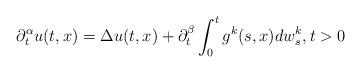
LaTeX: \begin{align*} \partial_{t}^{\alpha}u(t,x)=\Delta u (t,x)+\partial_{t}^{\beta}\int_{0}^{t}g^{k}(s,x)dw_{s}^{k}, t>0\end{align*}